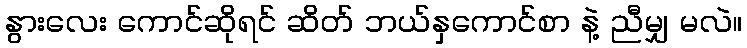
နွားလေး ကောင်ဆိုရင် ဆိတ် ဘယ်နှကောင်စာ နဲ့ ညီမျှ မလဲ။